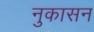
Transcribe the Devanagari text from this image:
नुकासन